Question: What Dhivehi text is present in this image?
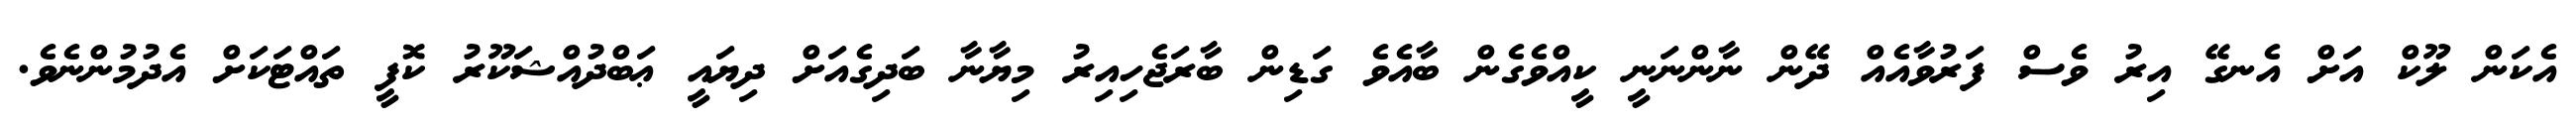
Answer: އެކަން ލޫކް އަށް އެނގޭ އިރު ވެސް ފަރުވާއެއް ދޭން ނާންނަނީ ކީއްވެގެން ބާއެވެ ގަޑިން ބާރަޖެހިއިރު މިޔާނާ ބަދިގެއަށް ދިޔައީ ޢަބްދުއްޝަކޫރު ކޮފީ ތައްޓަކަށް އެދުމުންނެވެ.